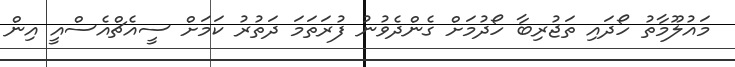
މައުލޫމާތު ހޯދައި ތަޖުރިބާ ހޯދުމަށް ގެންދެވުނު ފުރަތަމަ ދަތުރު ކަމަށް ސީއެޗްއެސްއީ އިން